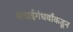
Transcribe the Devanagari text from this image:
सवाईगंधर्वांकडून